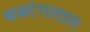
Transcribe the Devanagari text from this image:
बजरंगलाल